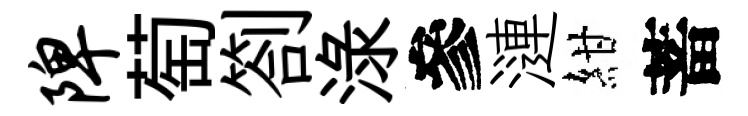
陴萄劄渌參漣紺蓄